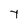
Character: t